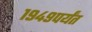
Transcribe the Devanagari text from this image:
१९४९पर्यंत